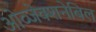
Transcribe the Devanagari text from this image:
ओव्जेक्शनेबिल